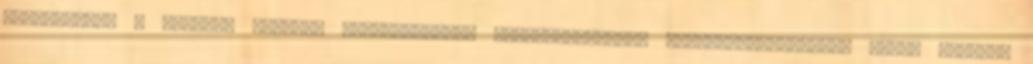
tekintettel a határon átnyúló kapcsolatokra Kárpát-medencei Területfejlesztési Nyári Egyetem